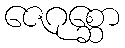
ဇေဂုစ္ဆော